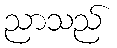
ညာသည်